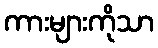
ကားများကိုသာ